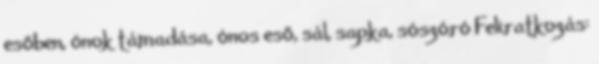
esőben, ónok támadása, ónos eső, sál, sapka, sószóró Feliratkozás: